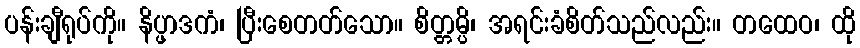
ပန်းချီရုပ်ကို။ နိပ္ဖာဒကံ၊ ပြီးစေတတ်သော။ စိတ္တမ္ပိ၊ အရင်းခံစိတ်သည်လည်း။ တထေဝ၊ ထို